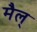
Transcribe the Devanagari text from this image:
मैल्